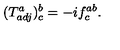
( T _ { a d j } ^ { a } ) _ { c } ^ { b } = - i f _ { c } ^ { a b } .